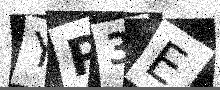
Text: YP3E